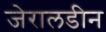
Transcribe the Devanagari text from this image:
जेरालडीन